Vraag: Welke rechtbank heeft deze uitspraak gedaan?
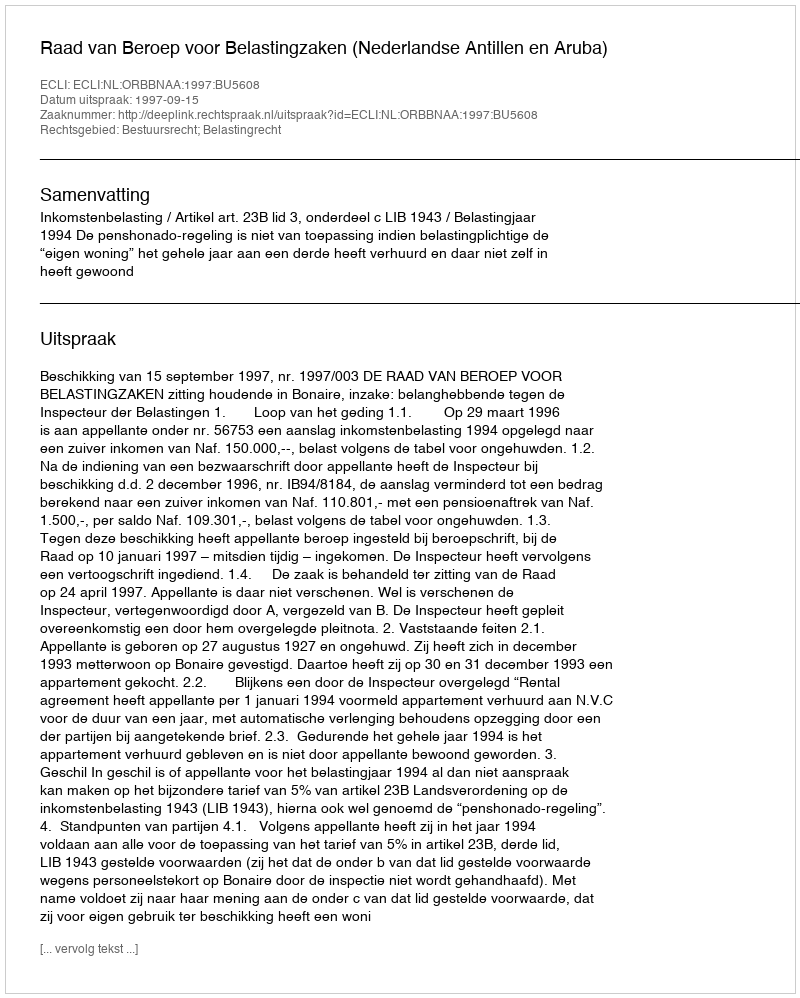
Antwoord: Raad van Beroep voor Belastingzaken (Nederlandse Antillen en Aruba)